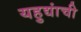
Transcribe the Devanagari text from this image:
यहुद्यांची